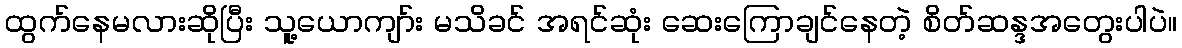
ထွက်နေမလားဆိုပြီး သူ့ယောကျာ်း မသိခင် အရင်ဆုံး ဆေးကြောချင်နေတဲ့ စိတ်ဆန္ဒအတွေးပါပဲ။